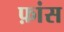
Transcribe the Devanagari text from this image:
फ़ांस